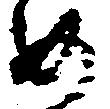
め